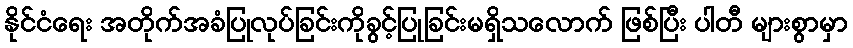
နိုင်ငံရေး အတိုက်အခံပြုလုပ်ခြင်းကိုခွင့်ပြုခြင်းမရှိသလောက် ဖြစ်ပြီး ပါတီ များစွာမှာ